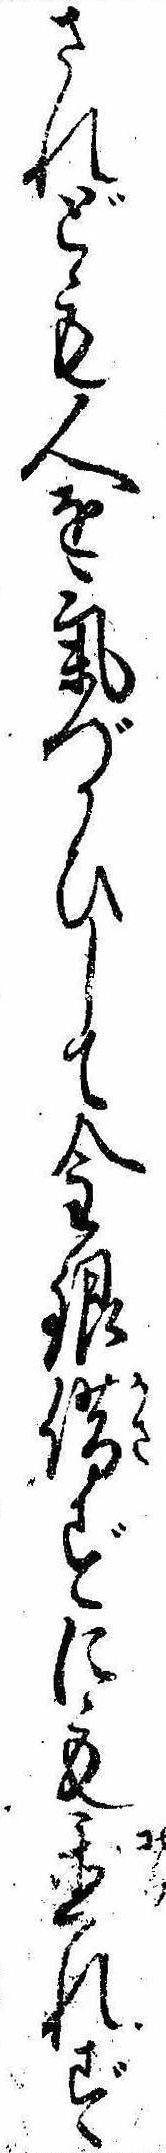
されども人を気づかひして金銀借ずにも置れず